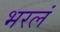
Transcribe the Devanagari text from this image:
भरलं